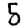
Digit: 5